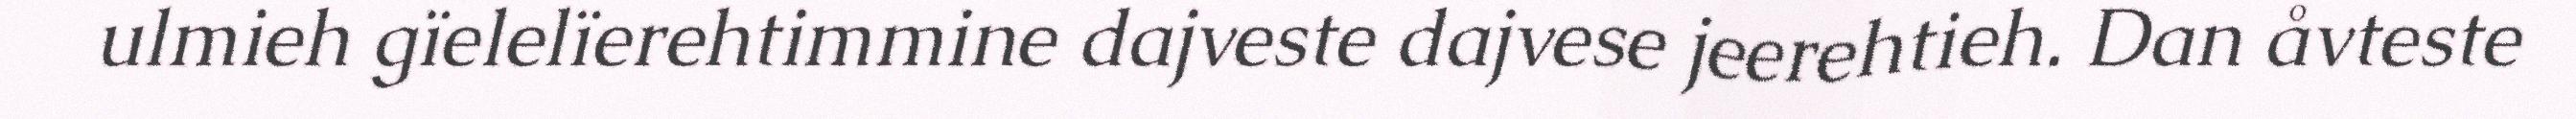
ulmieh gïelelïerehtimmine dajveste dajvese jeerehtieh. Dan åvteste